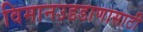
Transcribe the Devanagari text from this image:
विमानउडडाणासाठी